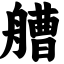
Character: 艚